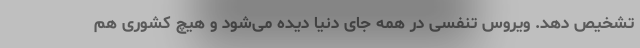
تشخیص دهد. ویروس تنفسی در همه جای دنیا دیده می‌شود و هیچ کشوری هم